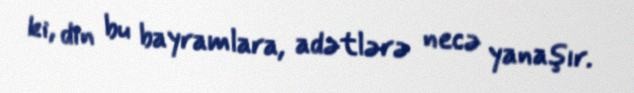
ki, din bu bayramlara, adətlərə necə yanaşır.